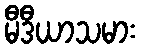
မီဒီယာသမား